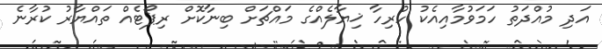
އަދި މުއްދަތު ހަމަވުމާއިއެކު ހުރިހާ ޚިޔާލެއްގެ މައްޗަށް ބިނާކޮށް ރިޕޯޓެއް ތައްޔާރު ކުރާނެ